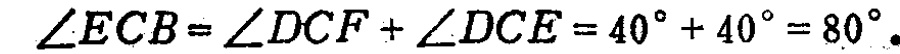
$\angle ECB=\angle DCF+\angle DCE = 40^{\circ}+40^{\circ}=80^{\circ}.$